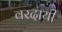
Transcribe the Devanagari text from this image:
वरदायी